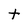
Character: t